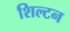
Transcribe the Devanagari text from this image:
शिल्टन